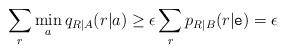
LaTeX: \begin{align*}\sum_{r}\min_{a}q_{R|A}(r|a)\geq \epsilon \sum_{r}p_{R|B}(r|\mathtt e)=\epsilon\end{align*}